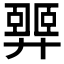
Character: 𢍴